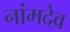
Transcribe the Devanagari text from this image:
नांमदेव